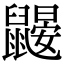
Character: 鼹